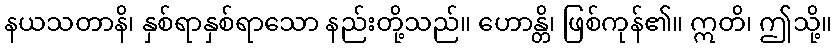
နယသတာနိ၊ နှစ်ရာနှစ်ရာသော နည်းတို့သည်။ ဟောန္တိ၊ ဖြစ်ကုန်၏။ ဣတိ၊ ဤသို့။